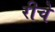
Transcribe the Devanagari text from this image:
रीचे